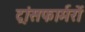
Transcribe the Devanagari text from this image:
ट्रांसफार्मरों